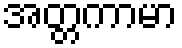
အတ္တကာမာ